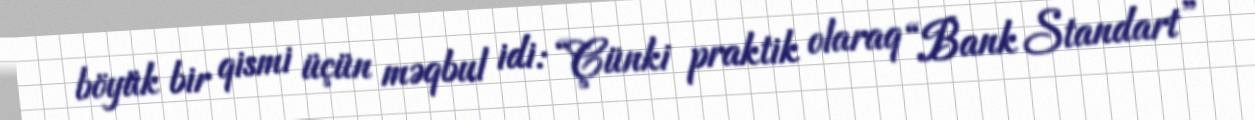
böyük bir qismi üçün məqbul idi: “Çünki praktik olaraq “Bank Standart”